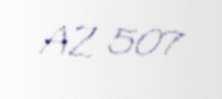
AZ 507